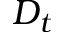
D _ { t }